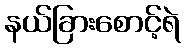
နယ်ခြားစောင့်ရဲ